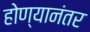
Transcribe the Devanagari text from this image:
होण्यानंतर